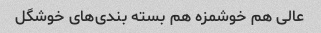
عالی هم خوشمزه هم بسته بندی‌های خوشگل